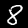
Label: 8